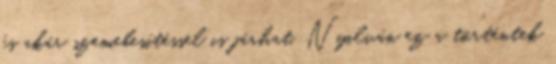
és akár szemebesítéssel is járhat. Nyilván ez a történtek